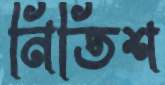
নিতিশ